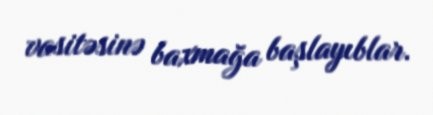
vasitəsinə baxmağa başlayıblar.